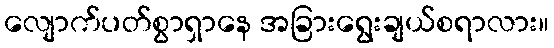
လျောက်ပတ်စွာရှာနေ အခြားရွေးချယ်စရာလား။